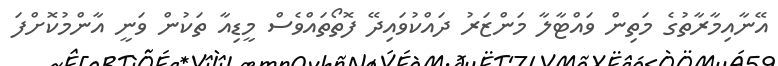
އޭނާއިމާރާތުގެ މަތިން ވައްޓާލާ މަންޒަރު ދައްކުވައިދޭ ފޮތޯތައްވެސް މީޑިއާ ތަކުން ވަނީ އާންމުކޮށްފަ